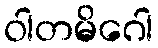
ဝါတမိဂေါ